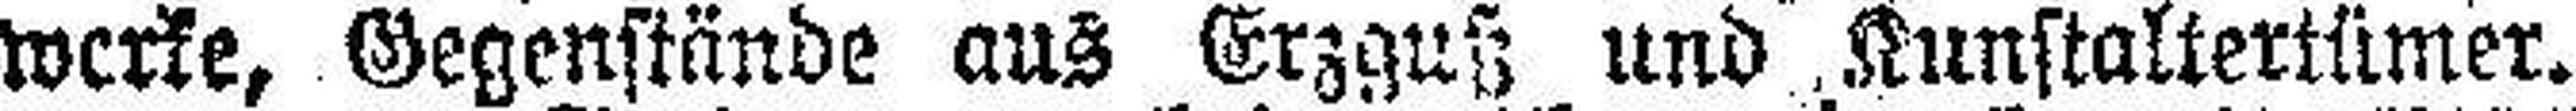
werke, Gegenstände aus Erzguß; und. Kunstaltertümer.